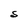
Character: S